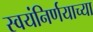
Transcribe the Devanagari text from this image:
स्वयंनिर्णयाच्या